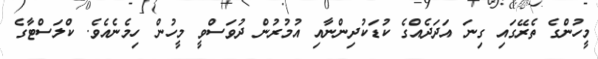
މީހުންގެ ތެރޭގައި ގިނަ އަދަދެއްގެ ކުޑަކުދިންނާއި އުމުރުން ދުވަސްވީ މީހުން ހިމެނެއެވެ. ކްލަސްޓާގެ